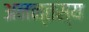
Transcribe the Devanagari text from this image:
अनन्तस्य